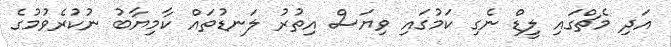
އަދި މެޗްގައި ލީޑް ނެގި ކަމުގައި ވިޔަސް އިތުރު ލަނޑުތައް ކާމިޔާބު ނުކުރެވުމުގެ